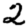
Digit: 2